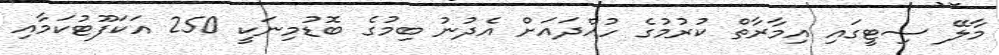
މާލޭ ސިޓީގައި އިމާރާތް ކުރުމުގެ ހުއްދައަށް އެދުނު ބިމުގެ ބޮޑުމިނަކީ 250 އަކަފޫޓުކަމާއި